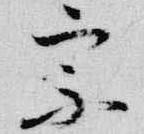
宗